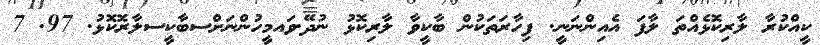
ކީއްކުރާ ލާރިކޮޅެއްތަ ލާފަ އެއިންނަނީ. ފިހާރަތަކުން ބާކީވާ ލާރިކޮޅު ނުދޭ.ވައމީހުންނަށްސބާކީސލާރޮކޮޅު. 97. 7